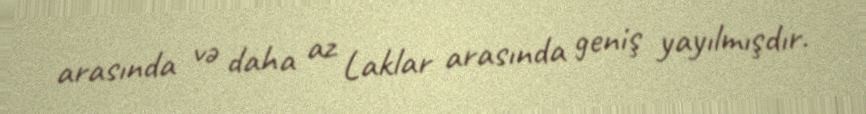
arasında və daha az Laklar arasında geniş yayılmışdır.